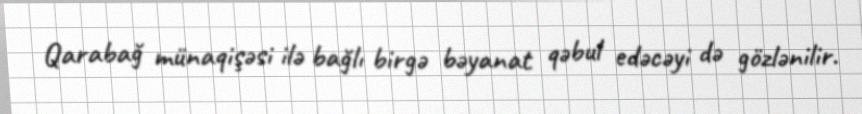
Qarabağ münaqişəsi ilə bağlı birgə bəyanat qəbul edəcəyi də gözlənilir.